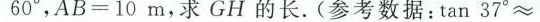
60°$$，AB=10m，求GH的长。(参考数据：tan37°0\approx